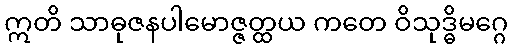
ဣတိ သာဓုဇနပါမောဇ္ဇတ္ထယ ကတေ ဝိသုဒ္ဓိမဂ္ဂေ